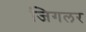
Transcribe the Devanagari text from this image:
जिगलर